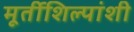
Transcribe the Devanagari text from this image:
मूर्तीशिल्पांशी